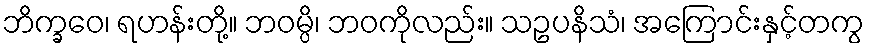
ဘိက္ခဝေ၊ ရဟန်းတို့။ ဘဝမ္ပိ၊ ဘဝကိုလည်း။ သဥပနိသံ၊ အကြောင်းနှင့်တကွ